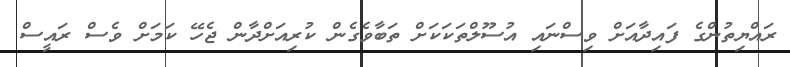
ރައްޔިތުންގެ ފައިދާއަށް ވިސްނައި އުސޫލްތަކަކަށް ތަބާވެގެން ކުރިއަށްދާން ޖެހޭ ކަމަށް ވެސް ރައީސް